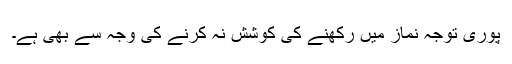
پوری توجہ نماز میں رکھنے کی کوشش نہ کرنے کی وجہ سے بھی ہے۔